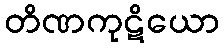
တိဏကုဋိယော